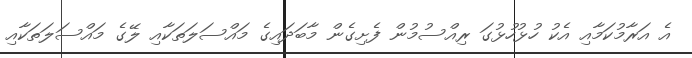
އެ އަރާމުކަމާއި އެކު ހުޅުހުޅުގަ ރިއްސުމުން ފެށިގެން މާބަދައިގެ މައްސަލަތަކާއި ލޭގެ މައްސަލަތަކާއި